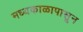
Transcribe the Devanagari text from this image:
मध्यकाळापासून